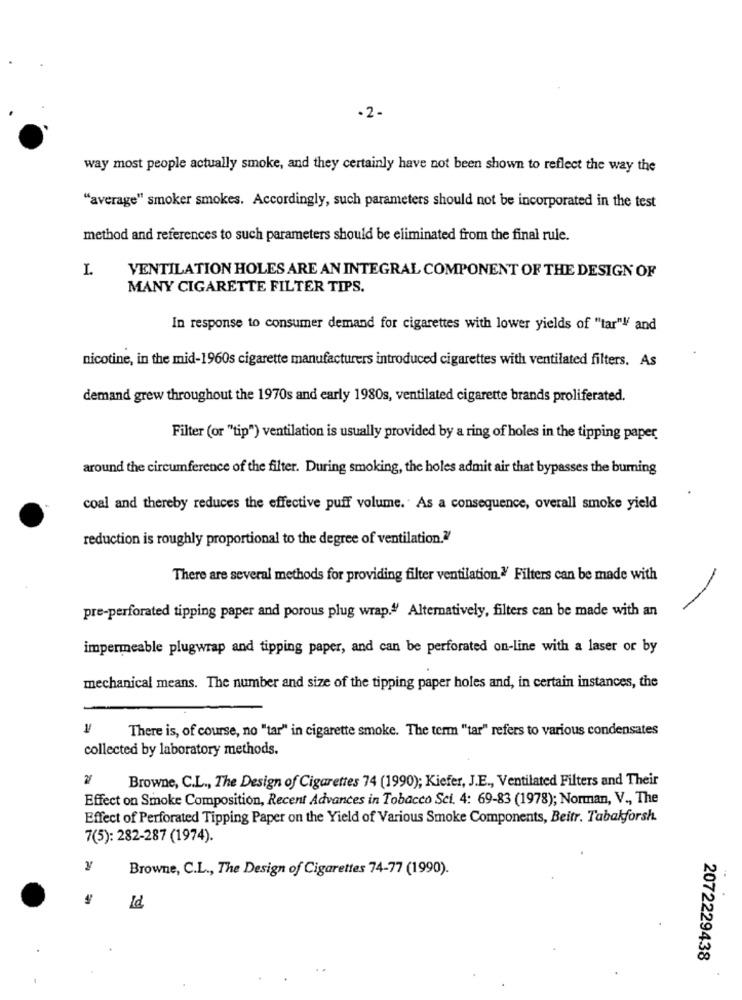
·2-
way most people actually smoke, and they certainly have not been shown to reflect the way the
"average" smoker smokes. Accordingly, such parameters should not be incorporated in the test
method and references to such parameters should be eliminated from the final rule.
I.
VENTILATION HOLES ARE AN INTEGRAL COMPONENT OF THE DESIGN OF
MANY CIGARETTE FILTER TIPS.
In response to consumer demand for cigarettes with lower yields of "tar"l' and
nicotine, in the mid-1960s cigarette manufacturers introduced cigarettes with ventilated filters. As
demand grew throughout the 1970s and early 1980s, ventilated cigarette brands proliferated.
Filter (or "tip") ventilation is usually provided by a ring of holes in the tipping paper
around the circumference of the filter. During smoking, the holes admit air that bypasses the burning
coal and thereby reduces the effective puff volume. . As a consequence, overall smoke yield
reduction is roughly proportional to the degree of ventilation .?
There are several methods for providing filter ventilation.> Filters can be made with
pre-perforated tipping paper and porous plug wrap.4' Alternatively, filters can be made with an
impermeable plugwrap and tipping paper, and can be perforated on-line with a laser or by
mechanical means. The number and size of the tipping paper holes and, in certain instances, the
There is, of course, no "tar" in cigarette smoke. The term "tar" refers to various condensates
collected by laboratory methods.
Browne, C.L ., The Design of Cigarettes 74 (1990); Kiefer, J.E ., Ventilated Filters and Their
Effect on Smoke Composition, Recent Advances in Tobacco Sci. 4: 69-83 (1978); Norman, V ., The
Effect of Perforated Tipping Paper on the Yield of Various Smoke Components, Beitr. Tabakforsh.
7(5): 282-287 (1974).
Browne, C.L ., The Design of Cigarettes 74-77 (1990).
2072229438